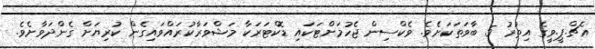
އެޗް.ޕީ.ވީގެ އިތުރު 5 ބާވަތަކަށެވެ. ވެކްސިން ޖެހުމަށްޓަކައި ޑޮކްޓަރަކާ މަޝްވަރާކުރައްވައިގެން ކުރިޔަށް ގެންދަވާށެވެ.